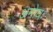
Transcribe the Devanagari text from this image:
अमोघः